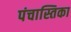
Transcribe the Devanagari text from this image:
पंचास्तिका